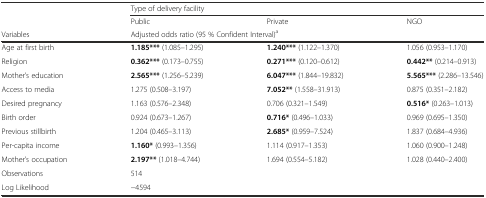
| <ROWSPAN=2>  | <COLSPAN=3> Type of delivery facility |
 | Public | Private | NGO |
 | Variables | <COLSPAN=3> Adjusted odds ratio (95 % Confident Interval)a |
 | --- | --- | --- | --- |
 | Age at first birth | 1.185*** (1.085–1.295) | 1.240*** (1.122–1.370) | 1.056 (0.953–1.170) |
 | Religion | 0.362*** (0.173–0.755) | 0.271*** (0.120–0.612) | 0.442** (0.214–0.913) |
 | Mother’s education | 2.565*** (1.256–5.239) | 6.047*** (1.844–19.832) | 5.565*** (2.286–13.546) |
 | Access to media | 1.275 (0.508–3.197) | 7.052** (1.558–31.913) | 0.875 (0.351–2.182) |
 | Desired pregnancy | 1.163 (0.576–2.348) | 0.706 (0.321–1.549) | 0.516* (0.263–1.013) |
 | Birth order | 0.924 (0.673–1.267) | 0.716* (0.496–1.033) | 0.969 (0.695–1.350) |
 | Previous stillbirth | 1.204 (0.465–3.113) | 2.685* (0.959–7.524) | 1.837 (0.684–4.936) |
 | Per-capita income | 1.160* (0.993–1.356) | 1.114 (0.917–1.353) | 1.060 (0.900–1.248) |
 | Mother’s occupation | 2.197** (1.018–4.744) | 1.694 (0.554–5.182) | 1.028 (0.440–2.400) |
 | Observations | <COLSPAN=3> 514 |
 | Log Likelihood | <COLSPAN=3> −4594 |